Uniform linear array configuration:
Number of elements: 64
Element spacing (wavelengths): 0.5
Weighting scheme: binomial
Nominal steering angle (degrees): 45
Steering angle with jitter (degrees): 45.531
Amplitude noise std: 0.05
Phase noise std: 0.05

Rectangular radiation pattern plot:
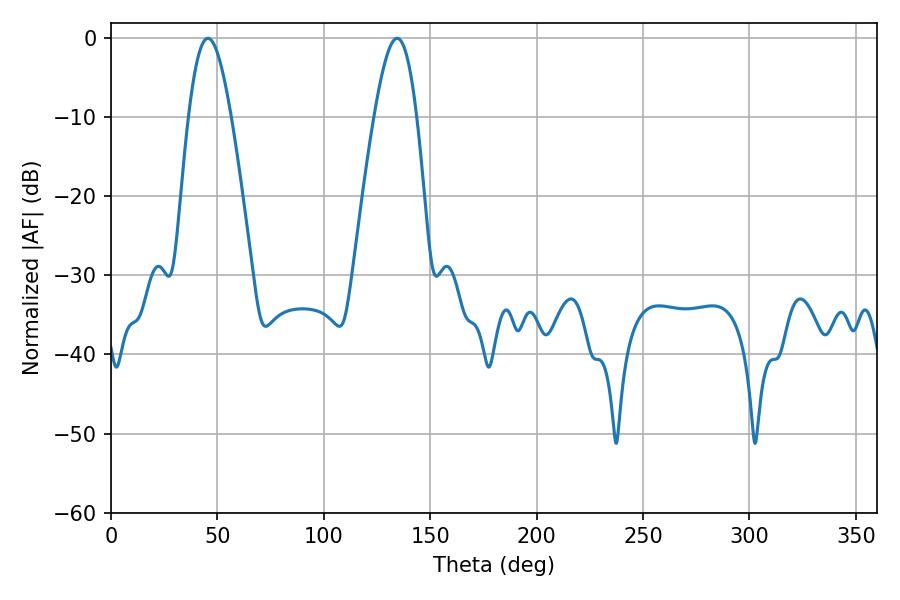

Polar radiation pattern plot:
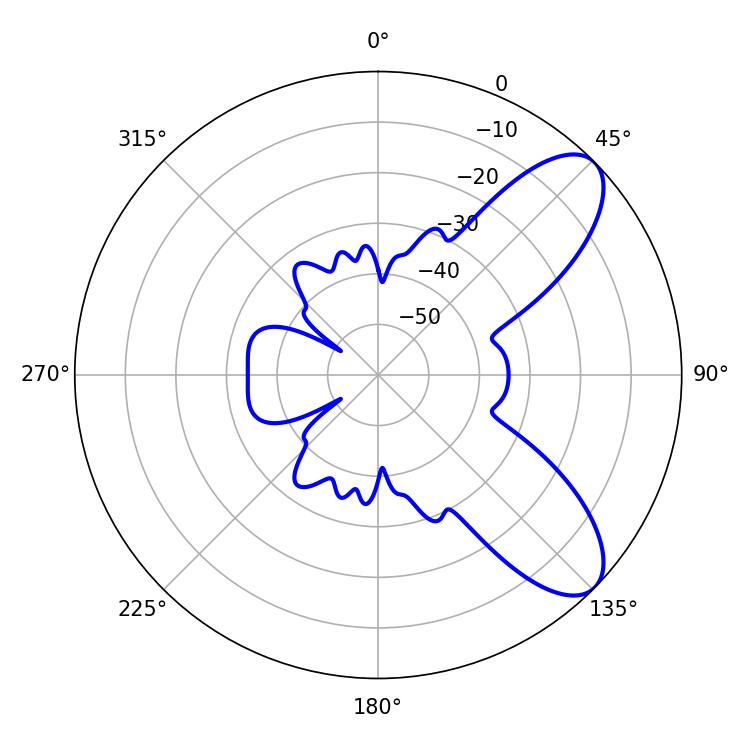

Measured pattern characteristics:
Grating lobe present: FALSE
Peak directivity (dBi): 8.327
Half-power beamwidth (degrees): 10.62
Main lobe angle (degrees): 45.54